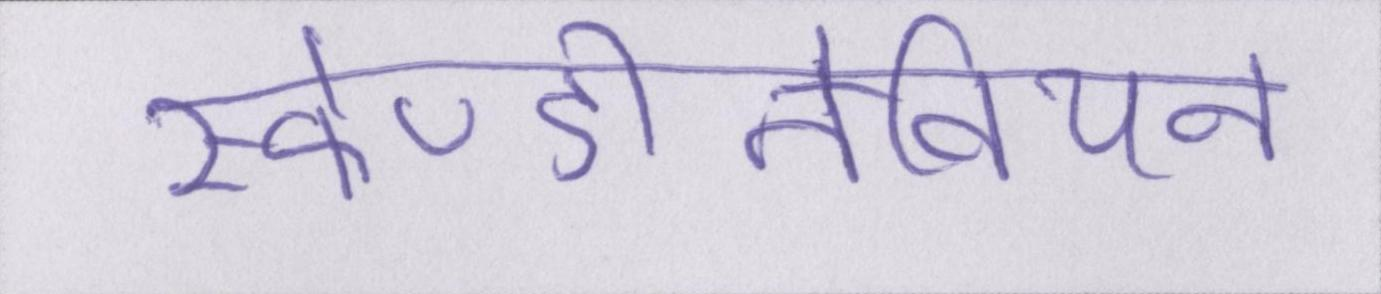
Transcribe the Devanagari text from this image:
स्केण्डीनेवियन